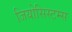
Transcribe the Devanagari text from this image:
जियोसिस्टम्स